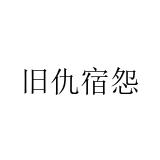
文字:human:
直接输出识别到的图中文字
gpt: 旧仇宿怨